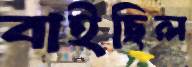
বাইছিল